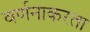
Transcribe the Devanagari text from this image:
वर्णनाकरता